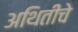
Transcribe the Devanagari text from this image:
अथितींचे